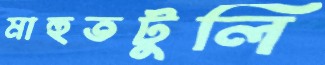
মাহুতটুলি